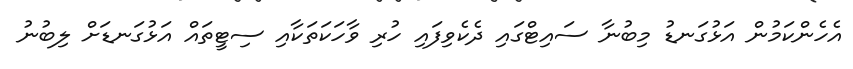
އެހެންކަމުން އަޅުގަނޑު މިބުނާ ސައިޓްގައި ދެކެވިފައި ހުރި ވާހަކަތަކާއި ސިޓީތައް އަޅުގަނޑަށް ލިބުނު